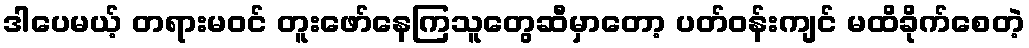
ဒါပေမယ့် တရားမဝင် တူးဖော်နေကြသူတွေဆီမှာတော့ ပတ်ဝန်းကျင် မထိခိုက်စေတဲ့